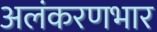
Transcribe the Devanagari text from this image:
अलंकरणभार